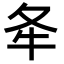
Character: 𡕘